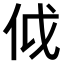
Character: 𠇘